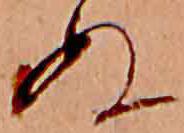
ぬ